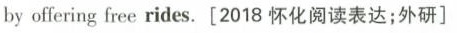
by offering free rides. [2018 怀化阅读表达;外研]